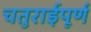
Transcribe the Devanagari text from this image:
चतुराईपूर्ण